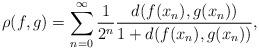
LaTeX: \begin{align*}\rho(f,g)=\sum^\infty_{n=0}\frac{1}{2^n}\frac{d(f(x_n),g(x_n))}{1+d(f(x_n),g(x_n))},\end{align*}